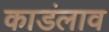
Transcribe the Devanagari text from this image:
काडंलाव